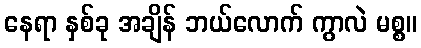
နေရာ နှစ်ခု အချိန် ဘယ်လောက် ကွာလဲ မစ္စ။